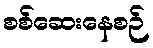
စစ်ဆေးနေစဉ်